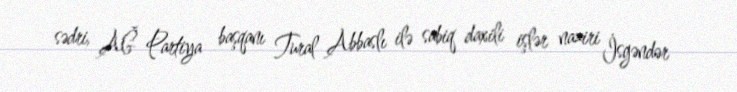
sədri, AĞ Partiya başqanı Tural Abbaslı ilə sabiq daxili işlər naziri İsgəndər